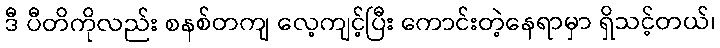
ဒီ ပီတိကိုလည်း စနစ်တကျ လေ့ကျင့်ပြီး ကောင်းတဲ့နေရာမှာ ရှိသင့်တယ်၊